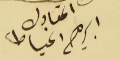
المقاول ابرهيم الخياط